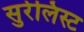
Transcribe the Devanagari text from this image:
सुर्रेलिस्ट